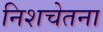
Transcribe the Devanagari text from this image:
निशचेतना